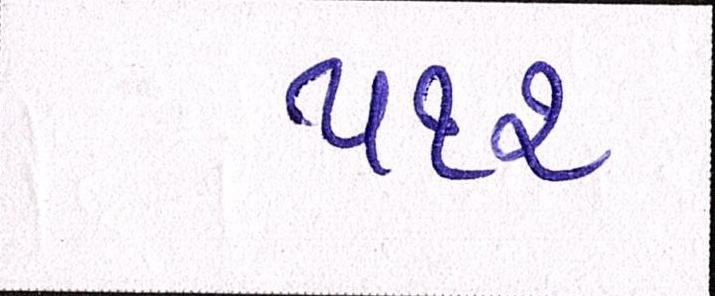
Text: ૫૧૨